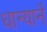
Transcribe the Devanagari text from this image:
धान्यानें